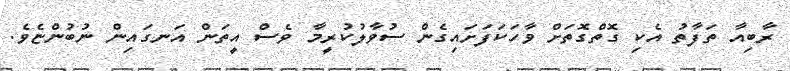
ރާބިއާ ތަފާތު އެކި ގޮތްގޮތަށް ވާހަކަފަށައިގެން ސުވާލުކުރީމާ ވެސް އީތަން އަނގައިން ނުބުންޏެވެ.